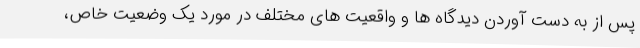
پس از به دست آوردن دیدگاه ها و واقعیت های مختلف در مورد یک وضعیت خاص،